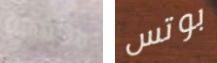
متلهفة بوتس